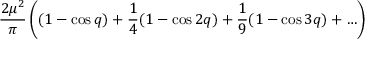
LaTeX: \frac { 2 \mu ^ { 2 } } { \pi } \left( ( 1 - \cos q ) + \frac { 1 } { 4 } ( 1 - \cos 2 q ) + \frac { 1 } { 9 } ( 1 - \cos 3 q ) + \ldots \right)